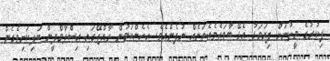
ފިކުރުގެ މީހުނަށް ފިޔަވަޅު އެޅޭ ބާވައެވެއެތަނެއް ނުފެނެއެވެ. އެހެންކަމުން ރާއްޖޭގައި އިސްލާމްދީން ބަލިކަށިވެގެން